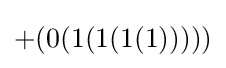
+(0(1(1(1(1)))))